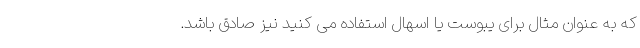
که به عنوان مثال برای یبوست یا اسهال استفاده می کنید نیز صادق باشد.